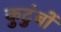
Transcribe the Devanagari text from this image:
कुटुंबों